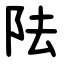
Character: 阹